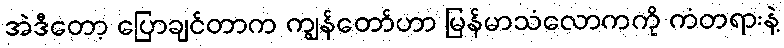
အဲဒီတော့ ပြောချင်တာက ကျွန်တော်ဟာ မြန်မာသံလောကကို ကံတရားနဲ့